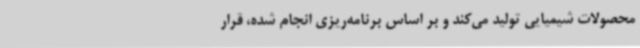
محصولات شیمیایی تولید می‌کند و بر اساس برنامه‌ریزی انجام شده، قرار